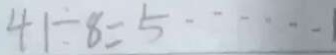
4 1 \div 8 = 5 \cdots